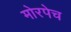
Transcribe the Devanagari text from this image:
मोरपेच